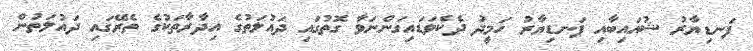
ފަނޑިޔާރު ޝުއައިބާއި ފަނޑިޔާރު ހަމީދު ދެކެވަޑައިގަންނަވާ ގޮތުގައި ދައުލަތުގެ އިދާރާތަކުގެ ތެރޭގައި ދައުލަތުން